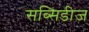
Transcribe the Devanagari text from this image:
सब्सिडीज